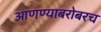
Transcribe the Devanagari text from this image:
आणण्याबरोबरच